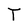
Character: T